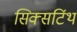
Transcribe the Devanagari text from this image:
सिक्सटिंथ